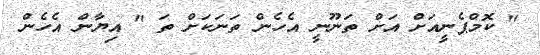
" ކޮމްޕެނީއަށް އަށް ތަނޫނީ އެހެން ތަނަކަށް ތަ " އިޔާން އެހެން